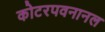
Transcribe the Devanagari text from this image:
कोटरपवनानल